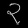
Digit: ၃